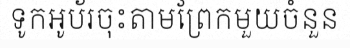
ទូកអូប័រចុះតាមព្រែកមួយចំនួន